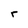
Character: r